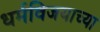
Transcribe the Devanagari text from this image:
धर्मविजयाच्या